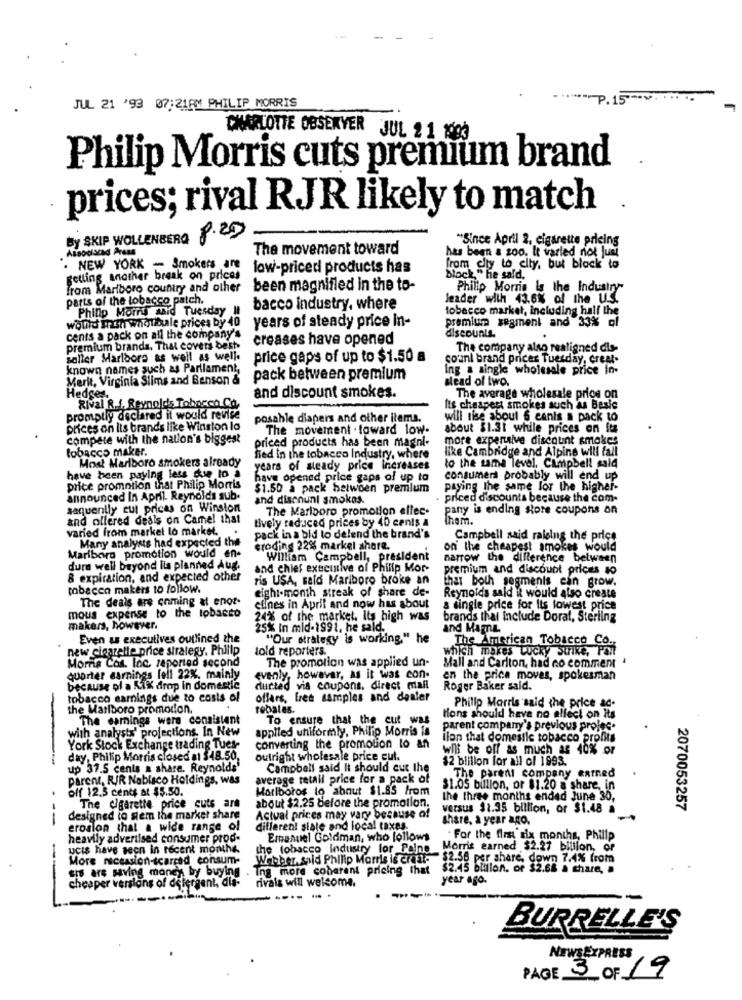
JUL 21 '93 07:21PM PHILIP MORRIS
CHARLOTTE OBSERVER JUL 21 193
Philip Morris cuts premium brand
prices; rival RJR likely to match
by SKIP WOLLENBERG 8.20
"Since April 2, cigarette pricing
The movement toward
has been & zoo. It varled not Just
. NEW YORK - Smokers ane low-priced products has
from city to city, but black to
getting anather break on prices
Block," he said.
from Marlboro country and other
been magnified in the to-
Philip Morris Is the Industry"
parts of the tobacco patch.
leader with 43.6% of the US.
Philip Morris said Tuesday !!
bacco industry, where
tobacco market, including half the
wolild ingsh whatsale prices by 40 years of steady price in-
premium segment and 33% of
cents a pack on all the company's
creases have opened
discounts.
premium brands, That covers best
The company also realigned dis-
Boller Marlboro as well as well.
price gaps of up to $1.50 a
sounl brand prices Tuesday, creat.
known names such as Parliament,
Ing a single wholesale price in.
Merkt, Virginia Slims and Benson &
pack between premium
sead of two.
and discount smokes.
Hedges.
The average wholesale price on
Rival R.J. Reynolds Tobacco Co.
fis cheapest smokes such as Besie
promptly declared il would revise
posable diapers and other items.
will tise about 6 canis a pack to
prices on Its brands like Winston lo
The movement . toward low-
about $1.31 while prices on its
compete with the nation's biggest
more expensive discount smokes
tobacco maker.
priced products has been magni-
like Cambridge and Alpine will fall
Most Marlboro smokers already
hed in the tobacco Industry, where
years of steady price Increases
to the same level. Campbell sald
have been paying less due to a
have opened price gaps of up to
consumers probably will end up
price promotion that Philip Morris
$1.50 à pack between premium
paying The same for the higher-
announced In April. Reynolds sub-
and discount smokes.
priced discounts because the com-
saquenily cul prices on Winston
The Marlboro promotion eller-
pany is ending store coupons on
and offered deals on Camel that
Them.
varied from market lo market.
tively raduced prices by 40 cents a
Many analysts had expected the
pack in a bid to delend the brand's
Campbell said ralelng the price
eroding 22% markel shore.
on the cheapest smokes would
Marlboro promotion would en-
William Campbell, president
narrow the difference between
dure well beyond iis planned Aug.
and chief executive of Philip Mor-
premium and discount prices so
& expiration, and expected other
ris USA, said Marlboro broke an
that both segments can grow.
tabacen makers to follow.
eight-month streak of share de-
The deals are coming at enot.
Reynolds said it would also create
elines in April and now has about
a single price for Its lowest price
mous expense to the tobacco
24% of the market. Its high was
brands thai include Dorat, Sterling
makers, however.
25% In mid-1991. he said.
and Mamy
Even as executives outlined the
"Our strategy is working." he
new cigarette price siralegy. Philip
told reporters.
which makes Lucky Strike, Poil
The American Tobacco Co.
The promotion was applied un-
Morris Cos. Inc. reported second
Mall and Carlton, had no comment
Quarter earnings fell 22%, mainly
evenly, however, as it was con.
en the price moves, spokesman
because of a Kil drop in domestic
ducted vis coupons. direct mail
Roger Baker said.
tobacco earnings due to costs of
offers, free samples and dealer
the Marlboro promotion.
rebalas.
Philip Morris said the price ac-
The earnings were consistent
To ensure that the cut was
lions should have no alfect on its
with analysts' projections. In New
appiled uniformly, Philip Morris Is
parent company's previous projes.
ilon that domestic tobacco profits
York Stock Exchange trading Tues-
converting the promotion to an
will be off as much as 40% or
-
day, Philip Morris closed at $48.50,
outright wholesale price cut.
$2 billion for all of 1993.
up 37.5 cents a share. Reynolds'
Campbell said It should cut the
The parent company earned
parent, RIR Nabisco Holdings, was
average retail price for a pack of
off 12.3 cents at $5.50.
Marlboros lo about $1.85 from
$1.05 billion, or 81.20 a share, in
the three months ended June 30,
The @garette price cuts are
about $2.25 before the promotion.
versus $2.35 billion, or $1.48 a
2070053257
designed to stem the market share
Actual prices may vary because of
share, a year ano.
---
erosion that a wide range of
different state and local taxes.
heavily advertised consumer prod.
Emanuel Goldman, who follows
. For the first six months, Philip
ucis have seen in recent months.
the tobacco industry for _Polne
Morris earned $2.27 billion, or
More recession-scarred consum-
Webber. said Philip Morris is crast- $2.58 per share, down 7,4% from
sis are saving money by buying
Ing more coherent pricing that
$2.45 bullon. or $2.68 à share, .
rivais will welcome.
year ago.
cheaper versions of detergent, dia-
BURRELLE'S
NEWSEXPRESS
PAGE 3 OF 19